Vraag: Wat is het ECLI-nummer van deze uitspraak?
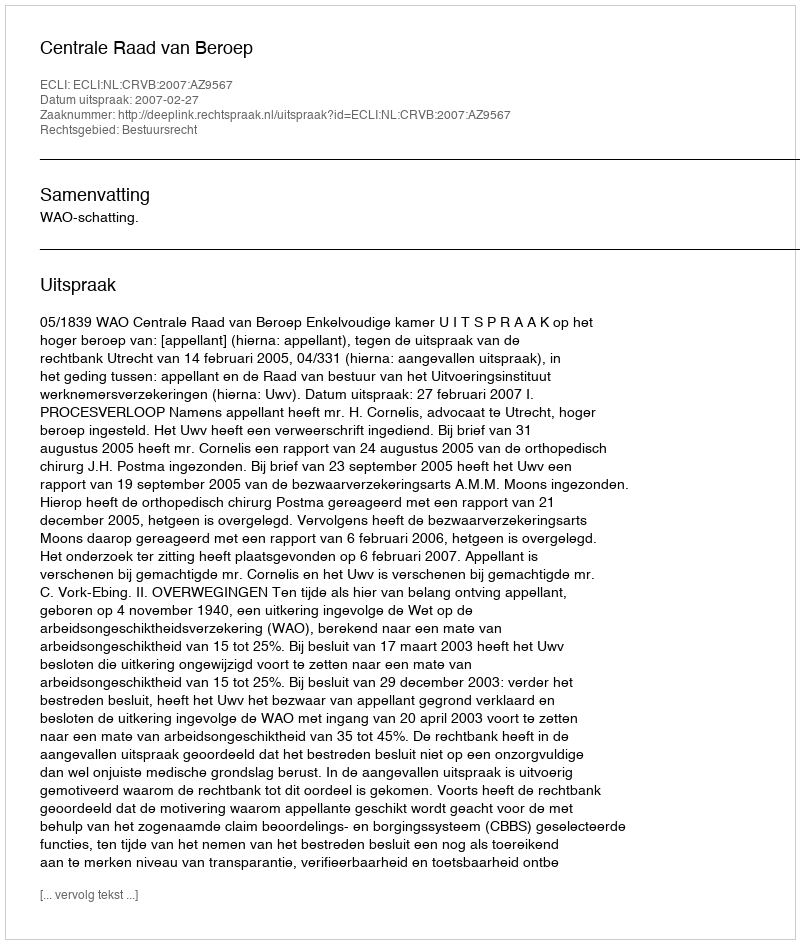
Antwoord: ECLI:NL:CRVB:2007:AZ9567